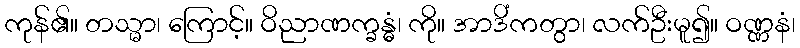
ကုန်၏။ တသ္မာ၊ ကြောင့်။ ဝိညာဏက္ခန္ဓံ၊ ကို။ အာဒိံကတွာ၊ လက်ဦးမူ၍။ ဝဏ္ဏနံ၊